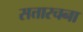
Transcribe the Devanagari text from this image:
सत्तारचना